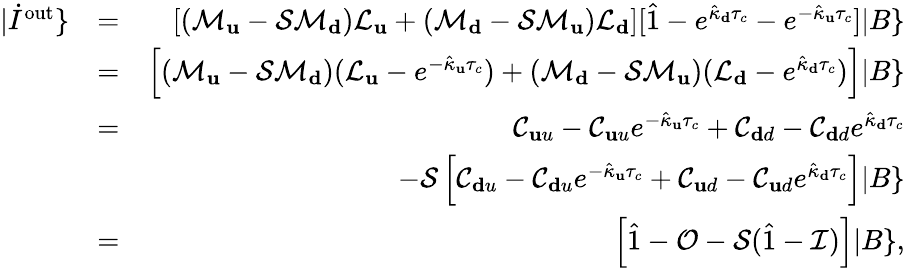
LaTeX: \begin{array}{rlr}{|\dot{I}^{\mathrm{out}}\} }&{=}&{\left[(\mathcal{M}_{\mathbf u}-\mathcal{S}\mathcal{M}_{\mathbf d})\mathcal{L}_{\mathbf u}+(\mathcal{M}_{\mathbf d}-\mathcal{S}\mathcal{M}_{\mathbf u})\mathcal{L}_{\mathbf d}\right][\hat{1}-e^{\hat{\kappa}_{\mathbf d}\tau_{c}}-e^{-\hat{\kappa}_{\mathbf u}\tau_{c}}]|B\} }\\ &{=}&{\left[(\mathcal{M}_{\mathbf u}-\mathcal{S}\mathcal{M}_{\mathbf d})(\mathcal{L}_{\mathbf u}-e^{-\hat{\kappa}_{\mathbf u}\tau_{c}})+(\mathcal{M}_{\mathbf d}-\mathcal{S}\mathcal{M}_{\mathbf u})(\mathcal{L}_{\mathbf d}-e^{\hat{\kappa}_{\mathbf d}\tau_{c}})\right]|B\} }\\ &{=}&{\mathcal{C}_{\mathbf uu}-\mathcal{C}_{\mathbf uu}e^{-\hat{\kappa}_{\mathbf u}\tau_{c}}+\mathcal{C}_{\mathbf dd}-\mathcal{C}_{\mathbf dd}e^{\hat{\kappa}_{\mathbf d}\tau_{c}}}\\ &{}&{-\mathcal{S}\left[\mathcal{C}_{\mathbf du}-\mathcal{C}_{\mathbf du}e^{-\hat{\kappa}_{\mathbf u}\tau_{c}}+\mathcal{C}_{\mathbf ud}-\mathcal{C}_{\mathbf ud}e^{\hat{\kappa}_{\mathbf d}\tau_{c}}\right]|B\} }\\ &{=}&{\left[\hat{1}-\mathcal{O}-\mathcal{S}(\hat{1}-\mathcal{I})\right]|B\} ,}\end{array}